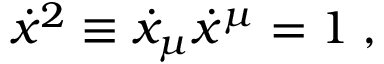
\dot { x } ^ { 2 } \equiv \dot { x } _ { \mu } \dot { x } ^ { \mu } = 1 \; ,